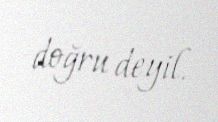
doğru deyil.